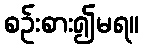
စဉ်းစား၍မရ။